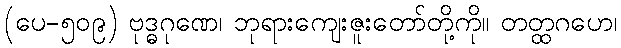
(ပေ-၅၀၉) ဗုဒ္ဓဂုဏေ၊ ဘုရားကျေးဇူးတော်တို့ကို။ တတ္ထဂဟေ၊